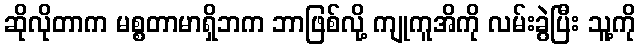
ဆိုလိုတာက မစ္စတာမာရှိဘက ဘာဖြစ်လို့ ကျုကူအိကို လမ်းခွဲပြီး သူ့ကို